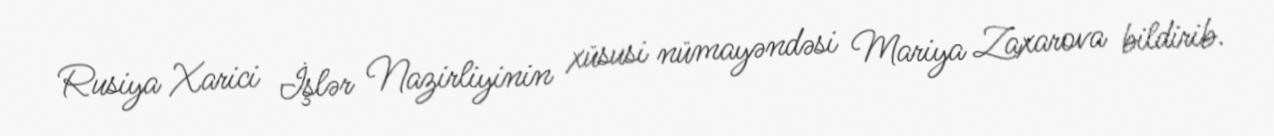
Rusiya Xarici İşlər Nazirliyinin xüsusi nümayəndəsi Mariya Zaxarova bildirib.